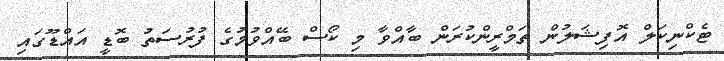
ޓެކްނިކަލް އޮފިޝަލުން ތަމްރީންކުރަން ބާއްވާ މި ކޯސް ބޭއްވުމުގެ ފުރުސަތު ބޮޑީ އައްޑޫގައި